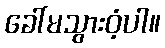
ခေါ်မသွားဝံ့ပါ။